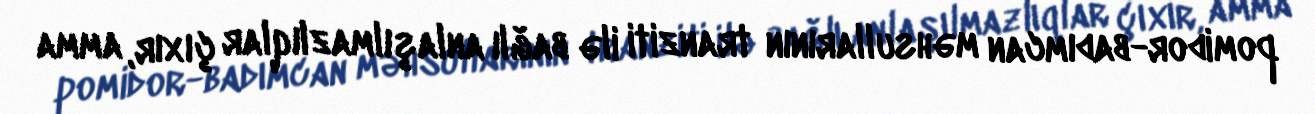
pomidor-badımcan məhsullarının tranziti ilə bağlı anlaşılmazlıqlar çıxır, amma